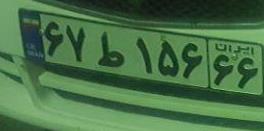
۶۷ط۱۵۶۶۶